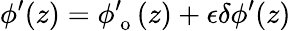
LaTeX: \phi^{\prime}(z)=\phi_{\mathrm{~o~}}^{\prime}(z)+\epsilon\delta\phi^{\prime}(z)